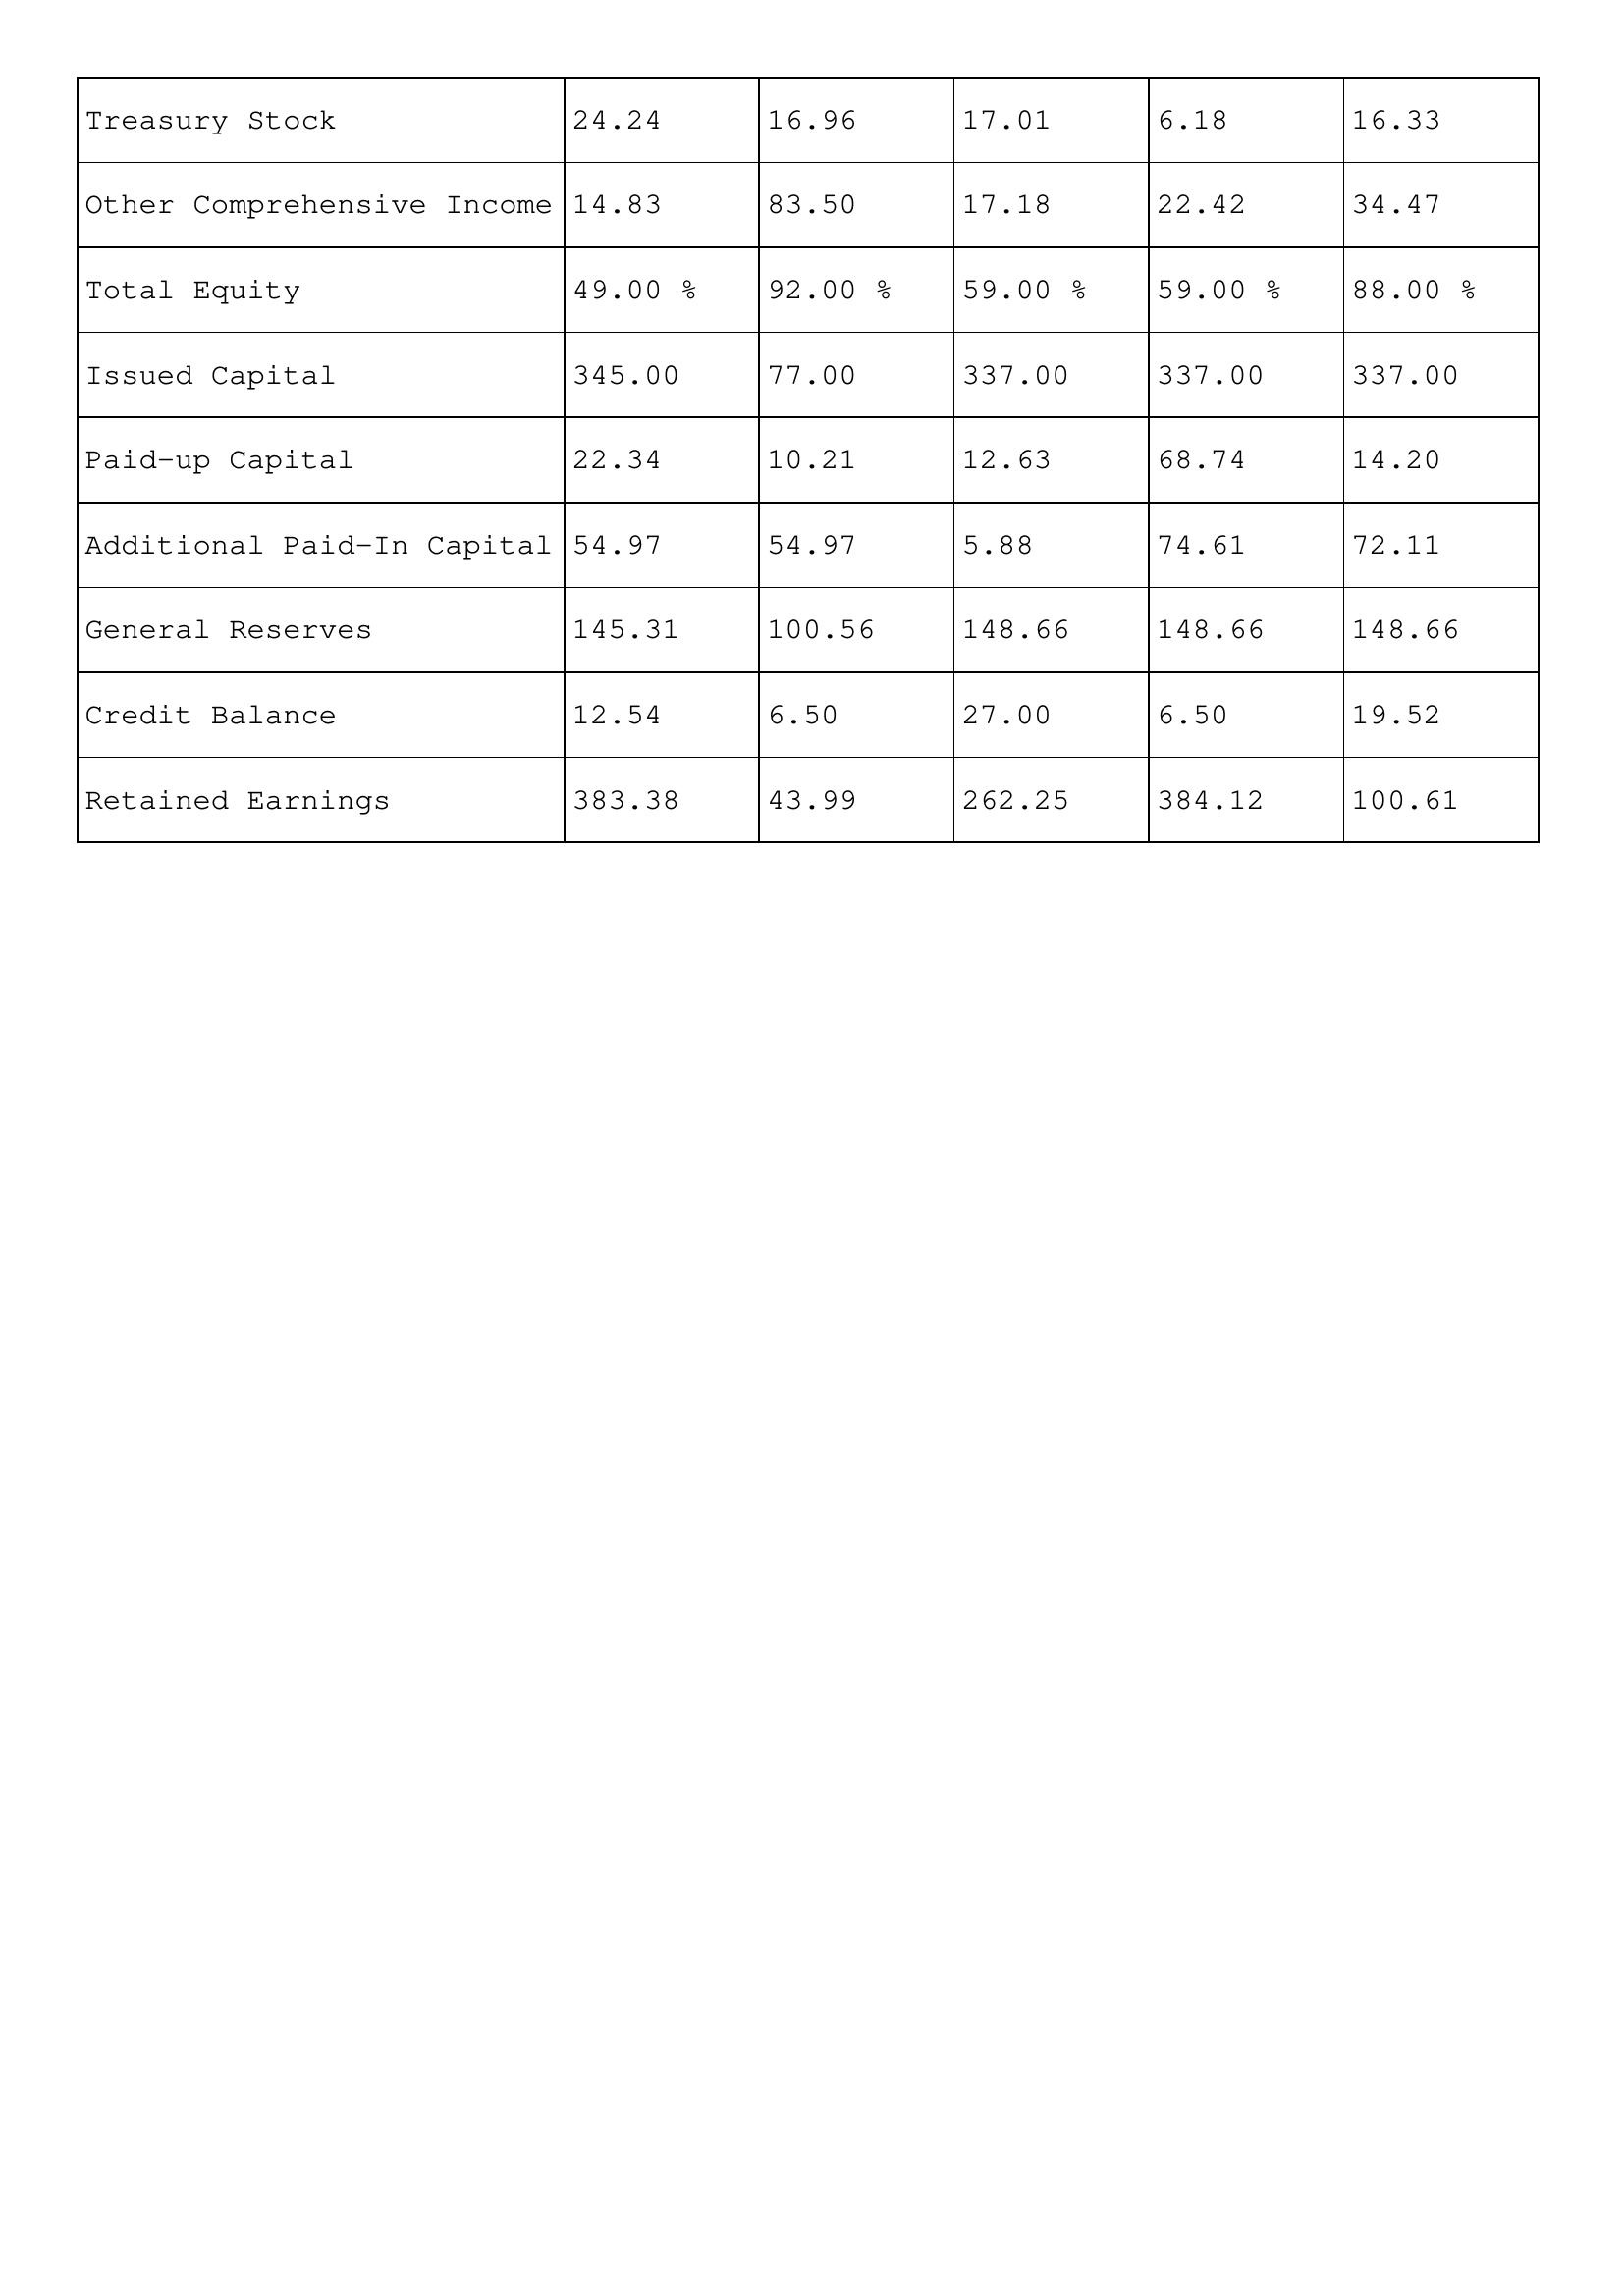
gt_parse: 2013: Treasury Stock: 24.24
Other Comprehensive Income: 14.83
Total Equity: 49.00 %
Issued Capital: 345.00
Paid-up Capital: 22.34
Additional Paid-In Capital: 54.97
General Reserves: 145.31
Credit Balance: 12.54
Retained Earnings: 383.38
2012: Treasury Stock: 16.96
Other Comprehensive Income: 83.50
Total Equity: 92.00 %
Issued Capital: 77.00
Paid-up Capital: 10.21
Additional Paid-In Capital: 54.97
General Reserves: 100.56
Credit Balance: 6.50
Retained Earnings: 43.99
2011: Treasury Stock: 17.01
Other Comprehensive Income: 17.18
Total Equity: 59.00 %
Issued Capital: 337.00
Paid-up Capital: 12.63
Additional Paid-In Capital: 5.88
General Reserves: 148.66
Credit Balance: 27.00
Retained Earnings: 262.25
2010: Treasury Stock: 6.18
Other Comprehensive Income: 22.42
Total Equity: 59.00 %
Issued Capital: 337.00
Paid-up Capital: 68.74
Additional Paid-In Capital: 74.61
General Reserves: 148.66
Credit Balance: 6.50
Retained Earnings: 384.12
2009: Treasury Stock: 16.33
Other Comprehensive Income: 34.47
Total Equity: 88.00 %
Issued Capital: 337.00
Paid-up Capital: 14.20
Additional Paid-In Capital: 72.11
General Reserves: 148.66
Credit Balance: 19.52
Retained Earnings: 100.61